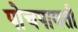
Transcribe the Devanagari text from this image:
पोचपावती